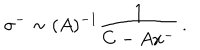
\sigma ^ { - } \sim ( A ) ^ { - 1 } \frac { 1 } { C - A x ^ { - } } \, .